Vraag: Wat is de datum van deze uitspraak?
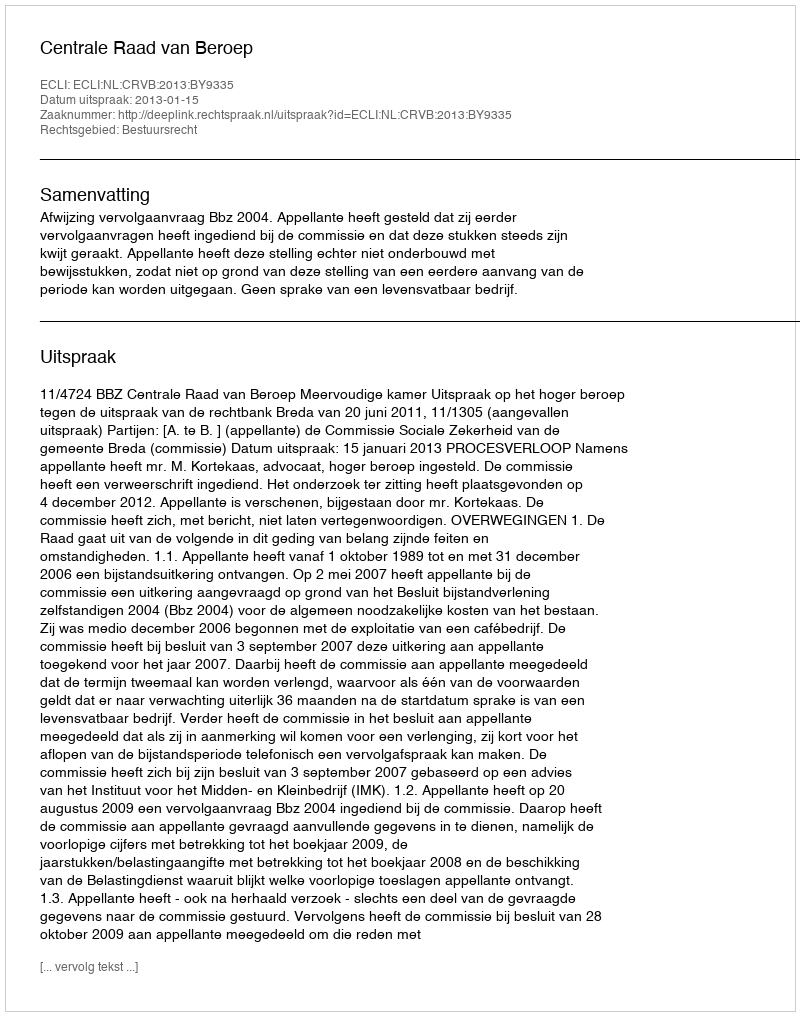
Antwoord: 2013-01-15